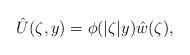
LaTeX: \begin{align*}\hat{U}(\zeta,y)=\phi(|\zeta|y)\hat{w}(\zeta),\end{align*}